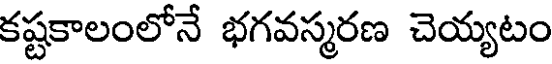
కష్టకాలంలోనే భగవస్మరణ చెయ్యటం